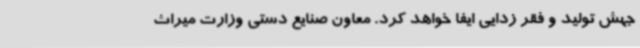
جهش تولید و فقر زدایی ایفا خواهد کرد. معاون صنایع دستی وزارت میراث